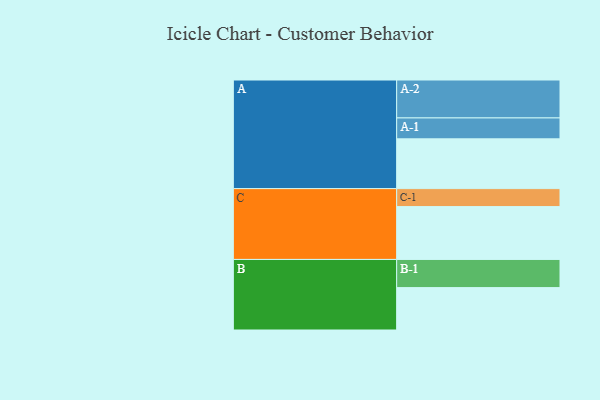
{"axis": {"x": "Segment", "y": "Value"}, "legend": ["", "A", "B", "C"], "data": [{"x": "A", "y": 357, "type": ""}, {"x": "B", "y": 304, "type": ""}, {"x": "C", "y": 379, "type": ""}, {"x": "A-1", "y": 150, "type": "A"}, {"x": "A-2", "y": 272, "type": "A"}, {"x": "B-1", "y": 202, "type": "B"}, {"x": "C-1", "y": 129, "type": "C"}]}